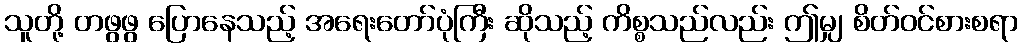
သူတို့ တဖွဖွ ပြောနေသည့် အရေးတော်ပုံကြီး ဆိုသည့် ကိစ္စသည်လည်း ဤမျှ စိတ်ဝင်စားစရာ